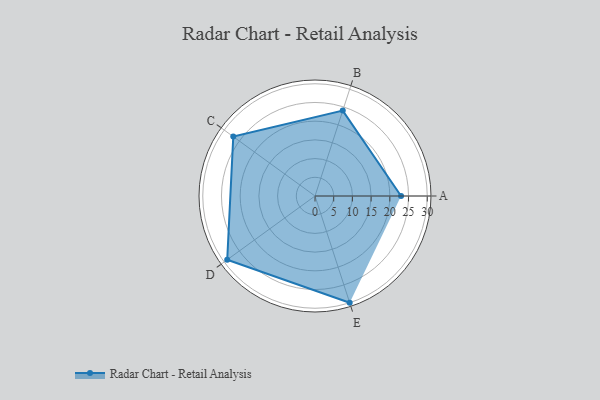
{"axis": {"x": "Skill", "y": "Score"}, "legend": ["Profile"], "data": [{"x": "A", "y": 23.0, "type": "Profile"}, {"x": "B", "y": 24.0, "type": "Profile"}, {"x": "C", "y": 27.0, "type": "Profile"}, {"x": "D", "y": 29.0, "type": "Profile"}, {"x": "E", "y": 30.0, "type": "Profile"}]}